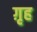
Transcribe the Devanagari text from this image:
ग़ृह